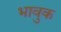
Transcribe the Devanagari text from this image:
भावुक